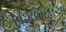
હરીશભાઇએ